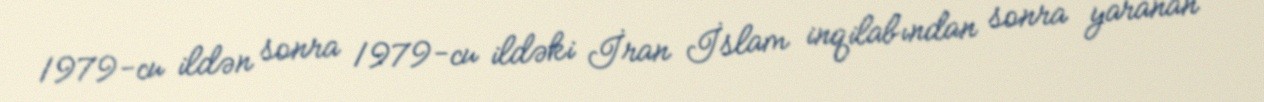
1979-cu ildən sonra 1979-cu ildəki İran İslam inqilabından sonra yaranan